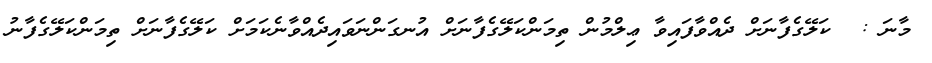
މާނަ :  ކަލޭގެފާނަށް ދެއްވާފައިވާ ޢިލްމުން ތިމަންކަލޭގެފާނަށް އުނގަންނަވައިދެއްވާނެކަމަށް ކަލޭގެފާނަށް ތިމަންކަލޭގެފާނު